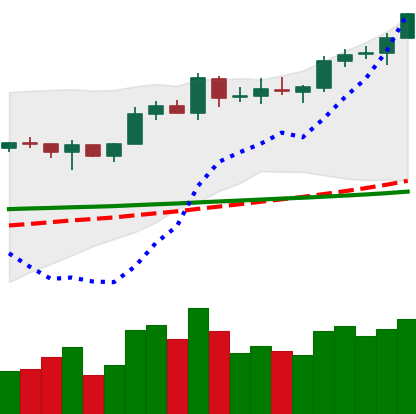
Ticker: EOS-USD
Chart end date: 2020-02-09
Forward return: 7.092%
Label: up_7plus